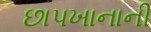
છાપખાનાની